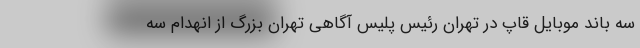
سه باند موبایل قاپ در تهران رئیس پلیس آگاهی تهران بزرگ از انهدام سه